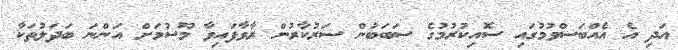
އަދި އެ އެއްބަސްވުމުގައި ސޮއިކުރުމުގެ ސަބަބުން ސަރުކާރުން ރާވާފައިވާ މޫސުމަށް އަންނަ ބަދަލުތަކާ